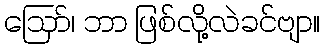
ဪ၊ ဘာ ဖြစ်လို့လဲခင်ဗျာ။